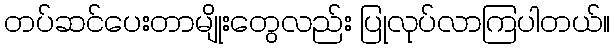
တပ်ဆင်ပေးတာမျိုးတွေလည်း ပြုလုပ်လာကြပါတယ်။